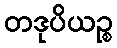
တဒုပိယဉ္စ